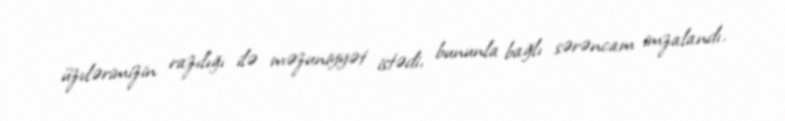
üzvlərimizin razılığı ilə məzuniyyət istədi, bununla bağlı sərəncam imzalandı.